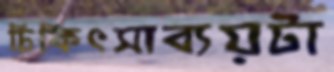
চিকিৎসাব্যয়টা